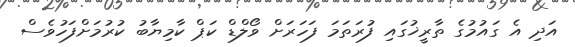
އަދި އެ ގައުމުގެ ތާރީޚުގައި ފުރަތަމަ ފަހަރަށް ވޯލްޑް ކަޕް ކާމިޔާބު ކުރުމަށްފަހުވެސް